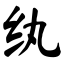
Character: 纨